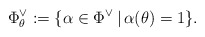
\begin{align*}\Phi_\theta^\vee:=\{\alpha \in \Phi^\vee \, | \, \alpha(\theta)=1\}.\end{align*}